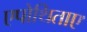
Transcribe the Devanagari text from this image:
एपोथिताए